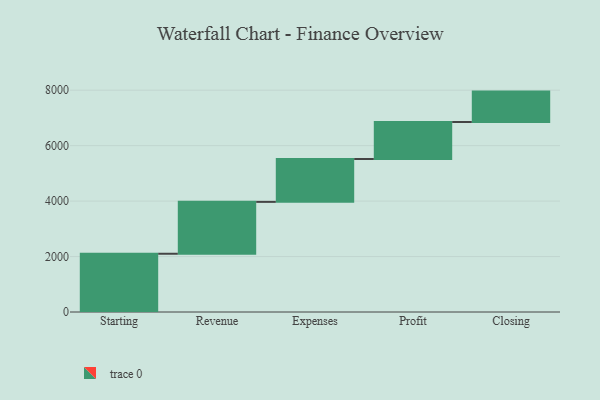
{"axis": {"x": "Step", "y": "Value"}, "legend": [""], "data": [{"x": "Starting", "y": 2101.0, "type": ""}, {"x": "Revenue", "y": 1871.0, "type": ""}, {"x": "Expenses", "y": 1546.0, "type": ""}, {"x": "Profit", "y": 1335.0, "type": ""}, {"x": "Closing", "y": 1096.0, "type": ""}]}